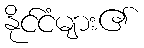
နိုင်ငံများ၏